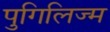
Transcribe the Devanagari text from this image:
पुगिलिज्म